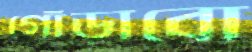
গোঁড়াবো